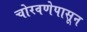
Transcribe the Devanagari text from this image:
चोरवणेपासून